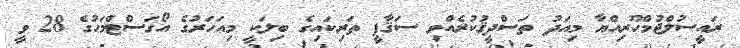
ރައީސުލްޖުމްހޫރިއްޔާ މިއަދު ތަސްދީޤުކުރެއްވި ސަޤާފީ ތަރިކައިގެ ބިލަކީ މިއަހަރުގެ އޯގަސްޓްމަހުގެ 28 ވީ